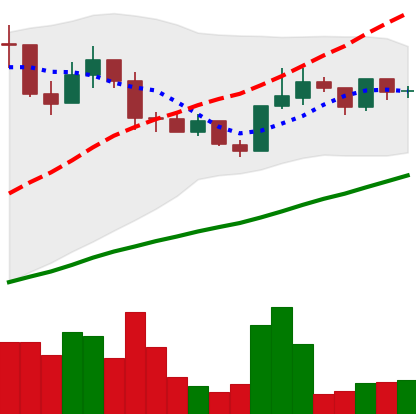
Ticker: LINK-USD
Chart end date: 2019-06-12
Forward return: 72.533%
Label: up_7plus